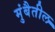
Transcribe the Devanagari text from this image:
मुंबैतील